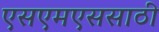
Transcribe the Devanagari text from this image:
एसएमएससाठी